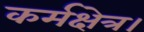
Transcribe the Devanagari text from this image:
कर्मक्षेत्र।